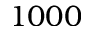
1 0 0 0